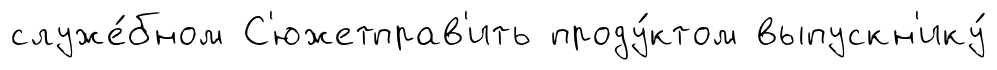
служе́бном С'южетправ'ить проду́ктом выпускн'ику́